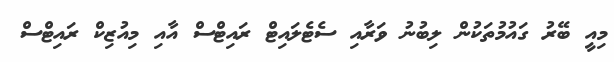
މިއީ ބޭރު ގައުމުތަކުން ލިބުނު ވަރާއި ސެޓެލައިޓް ރައިޓްސް އާއި މިއުޒިކް ރައިޓްސް